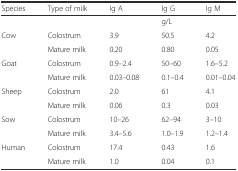
<table><thead><tr><td><b>Species</b></td><td><b>Type of milk</b></td><td><b>Ig A</b></td><td><b>Ig G</b></td><td><b>Ig M</b></td></tr></thead><tbody><tr><td></td><td></td><td></td><td>g/L</td><td></td></tr><tr><td>Cow</td><td>Colostrum</td><td>3.9</td><td>50.5</td><td>4.2</td></tr><tr><td></td><td>Mature milk</td><td>0.20</td><td>0.80</td><td>0.05</td></tr><tr><td>Goat</td><td>Colostrum</td><td>0.9–2.4</td><td>50–60</td><td>1.6–5.2</td></tr><tr><td></td><td>Mature milk</td><td>0.03–0.08</td><td>0.1–0.4</td><td>0.01–0.04</td></tr><tr><td>Sheep</td><td>Colostrum</td><td>2.0</td><td>61</td><td>4.1</td></tr><tr><td></td><td>Mature milk</td><td>0.06</td><td>0.3</td><td>0.03</td></tr><tr><td>Sow</td><td>Colostrum</td><td>10–26</td><td>62–94</td><td>3–10</td></tr><tr><td></td><td>Mature milk</td><td>3.4–5.6</td><td>1.0–1.9</td><td>1.2–1.4</td></tr><tr><td>Human</td><td>Colostrum</td><td>17.4</td><td>0.43</td><td>1.6</td></tr><tr><td></td><td>Mature milk</td><td>1.0</td><td>0.04</td><td>0.1</td></tr></tbody></table>